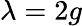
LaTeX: \lambda=2g